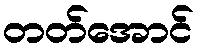
တတ်အောင်